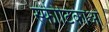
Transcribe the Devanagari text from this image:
स्फीटिकाओं